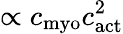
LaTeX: \propto c_{\mathrm{myo}}c_{\mathrm{act}}^{2}